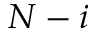
N - i